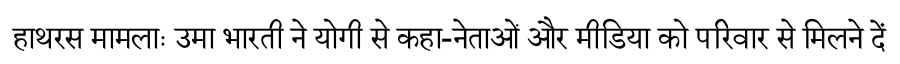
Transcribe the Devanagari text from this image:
हाथरस मामलाः उमा भारती ने योगी से कहा-नेताओं और मीडिया को परिवार से मिलने दें